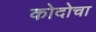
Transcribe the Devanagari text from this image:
कोदोचा